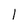
Character: 1